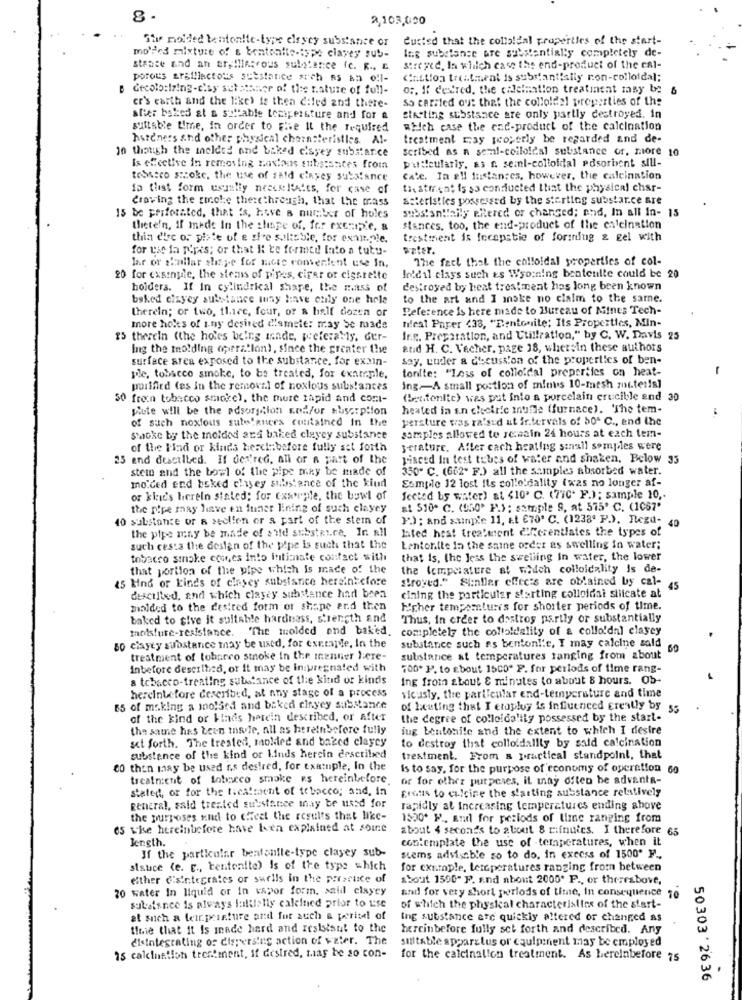
8
2,103,000
She moided bentonite-type eleyey substance or
Custed that the colloldal properties of the start-
Ing substance are substantially completely de-
moldes mixture of & bentonlie-ispe clavey sub-
stance and an ar,Hlincrous substance fc. R ., E
Streged, In which case the end-product of the cal-
porous arafflactous substance sich as an ol-
Castion treatment is substant!sily non-colloidal;
decolo:izing-city set stanice of the nature of full-
0 :, If desired, the cileimation treatment may be
6
er's earth and the like) is then c:led and there-
So carried out that the colloidal properties of the
stier bakes at a suitable tozipersture and for &
siacting substance are only partly destroyed. in
sultable time, in order to Five Il the required
which case the end-product of the calcination
hateners and other physical chernsteristles. Al-
treatment ray properly be regarded and de-
10 though the meldes and baked c'syey substance
scribed as a semmi-celloldal substance or, more 10
putfeulariy, as r. seinl-colloidal edsorbent sill-
Is effective in removing tastoas substances from
tobacco s:coke, the use of #Ald clayes substance
cate. In ell fustantes, however, the calcination
i5 tlist form usually neses Retts, fer case of
thatman; is so conducted that the physical char-
Craving the circle these through, that the mass
atteristies possessed by the starting substar.ce are
subs'sn!laily PRered or changed; and, In all In- 15
15 be priferated, that is, heve a number of holes
theteln, If mede In the shape of, for example, &
stances, too, the end-product of the calcination
thia diec or piste of e sie salable, for example,
trestment is fecepstie of forinlug & gel with
for wie in pris; or that it be formed lato a tutu-
pater.
lar or gillar shape for miete romsentent use In.
The fact that the colloidal properties of col-
In'dal clays such es Wso;ning beatetilte could be 20
20 for cxsingle, the stems of pipes, cifar or cigarette
holders. If In cylindrical share, the mass of
destroyed by heat treatment has long been known
baked eisyey substance Inny linve only one hole
to the art and I anske no claim to the sarne.
therein; or two, three, four, or a half dozen or
Reference is here made to Bureau of Mines Tech-
heat Paper 433, "Bentonite; Its Properties, Min-
more holes of any desired c'amste: may be made
15 therein (the holes being inde, weferably, der-
Ing. Preparation, and Utilization," by C. W. Davis 25
Ing the molding operation), since the greater the
and H. C. Vecher, page 38, wherein these authors
surface area exposed to the substance, for exmin-
say, L'uder a discussion of the properties of ben-
tonite: "Loss of colloidal properties on heat-
-
pole, tobacco smoke, to be treated, for example,
purified (es in the removal of noxious substances
ing .- A small portion of minus 10-mesh rotteris]
50 frein tobacco smoke), the more rapid and com-
(Bentonlic) was put into a porcelain crucible end 20
piute will be the adsorscion nod/or susorption
heated in an cheiric mufle (furnace). 'The tem-
of such noxious substances contained In the
persture vas ra'sid ut ir.tervals of 80º C ., end the
Stocke by the molded and baked clayey substance
samples allowed to sesain 24 hours at each tem-
of the Had or kinds hereinbefore fully set forth
3erature. After cach heating sinall samples were
25 and dustlled. If der'red, all or a part of the
piaced In test tubes of water and shaken, Below 33
stem and the bowl of the pipe may be made of
350" C. (662. F.) all the samples absorbed water.
mo ded end bsked chyey substance of the kind
Sample 12 lost its collo!dality (was no longer af-
or kind's herein stated; for example, the bowl of
Jected by water) at $10' C. (77C. F.); sample 10 ,.
the pipe may have en funer lining of such clayey
$1 510. C. (950' F.) ; sample 9, at 575' C. (1067"
10 substance or a section or a part of the stem of
I') ; and ssinple 11, et €70º C. (1238' P.). Regd-
the pipe may be made of sild substance. In all
lated hest treatment C'ferentlates the types of
40
such cesta the design of the pipe is such that the
Lentonite In the saine order as swelling in water;
tobacco smake comes into intimate contact with
that is, the less the swelling In water, the lower
that portion of the pipe which is made of the
the lempelature at which colloidality is de-
15 Mind or kinds of clasey substance hereint cfore
stroved." Slinller effects are obtained by cal-
45
descilled, and which clayey substance had been
cining the particular starting colloidal silicate at
molded to the desired form or shape and then
h'pher temperatures for shorter periods of time.
baked to give it suitable hardness, strength and
Thus, in order to destroy partly or substantially
moisture-resistance. "The molded and baked.
completely the colloidality of a collo!dal clayey
50 clayey substance may be used, for exemple, In the
substance such as bentonl'e, I may calcine sold
60
treatment of tobacco stoke in the menner Here-
substance at temperatures ranging from about
inbefore described, or it may be in:pregnated with
700. P. to ebout 15CD. F. for periods of time rang-
a tobacco-treating substance of the kind of kinds
Ing from about & minutes to about 8 hours. Ob-
hereinbefore described, at any stage of a process
vicusly, the parl'enlar end-temnycrature and time
65 of making a molded and baked cinyey substance
of lating that I etupluy is influenced Ereally by 55
of the kind or kinds hatein described, or after
the degree of colloidalily possessed by the start-
the same has been is le, all as hereinbefore fully
iug bentonile and the extent to which I desire
set forth. The treated, molded and baked clayey
to destroy that colloidallly by said calcination
substance of the kind or Linds herein described
treatment. From a practical standpoint, that
CO then may be used ns des!red, for example, In the
is to say, for the purpose of economy of operation 60
treatment of tobacco smoke es hereinbefore.
or for other purposes, it mnay often be advanta-
stated, or for the tica!ment of tobacco; and, In
grous to cucine the starting substance relatively
general, said treated substance may be used for
rapidly at Increasing temperatures ending above
the purposes and to Cheat the results that like-
1550. P ., and for periods of line ranging from
65 wie hereinbefore have been explained at some
about 4 seconds to about 8 cifnuics. I therefore 65
length.
contemplate the use of -temperatures, when it
If the particular bentonite-type clayey sub-
stems advisable so to do, in excess of 1500' F .,
stauce (e. r ., bentonite) Is of the type which
for example, temperatures ranging from between
either G'sintegrales or surlis in the presence of
about 1500" P. and about 2000. F ., or theerabove,
20 water In liquid or in vapor form, said elaycy
and for very short periods of time, In consequence 70
Subalance is always lallially caleined prior to use
of which the physical characteristics of the start-
at such a temperature and for auch a period of
ing substance ere quickly altered or changed as
timie that it Is inade hard and resistant to the
hercinbefore fully set forth and described. Any
disintegrating or dispersing action of water. The
suitable appart lus or equipment may be employed
is calcination treatment, if desired, may be so con-
for the calcinalion treatment. As bereinbefore 75
50303 ' 2636